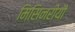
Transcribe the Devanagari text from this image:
मिसिनरीयौं